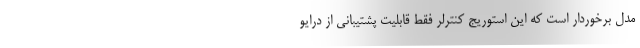
مدل برخوردار است که این استوریج کنترلر فقط قابلیت پشتیبانی از درایو